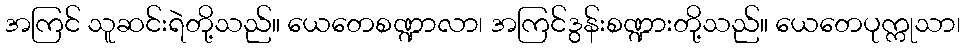
အကြင် သူဆင်းရဲတို့သည်။ ယေတေစဏ္ဍာလာ၊ အကြင်ဒွန်းစဏ္ဍားတို့သည်။ ယေတေပုက္ကုသာ၊